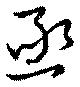
亟